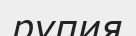
рупия